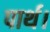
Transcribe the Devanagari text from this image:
पार्थ।